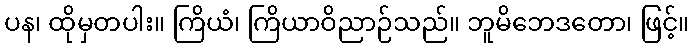
ပန၊ ထိုမှတပါး။ ကြိယံ၊ ကြိယာဝိညာဉ်သည်။ ဘူမိဘေဒတော၊ ဖြင့်။